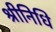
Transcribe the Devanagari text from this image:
श्रीनिधि